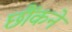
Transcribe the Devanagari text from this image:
छौंकने